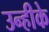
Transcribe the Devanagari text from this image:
उन्हीके